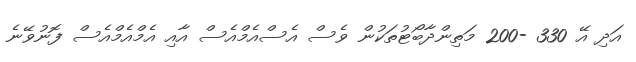
އަދި އޭ 330 -200 މަތިންދާބޯޓުތަކުން ވެސް އެސްއެމްއެސް އާއި އެމްއެމްއެސް ފޮނުވޭނެ